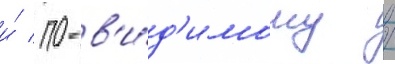
и́ / по-в'и́д'имому /